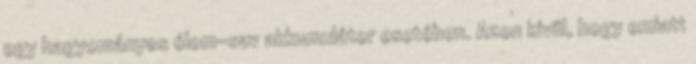
egy hagyományos ólom-sav akkumulátor esetében. Azon kívül, hogy emiatt